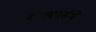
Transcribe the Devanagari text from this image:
डेवलपर्समें